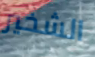
الشخير